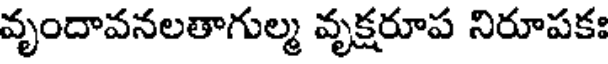
వృందావనలతాగుల్మ వృక్షరూప నిరూపకః